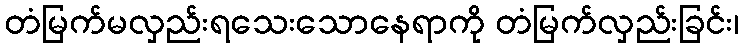
တံမြက်မလှည်းရသေးသောနေရာကို တံမြက်လှည်းခြင်း၊